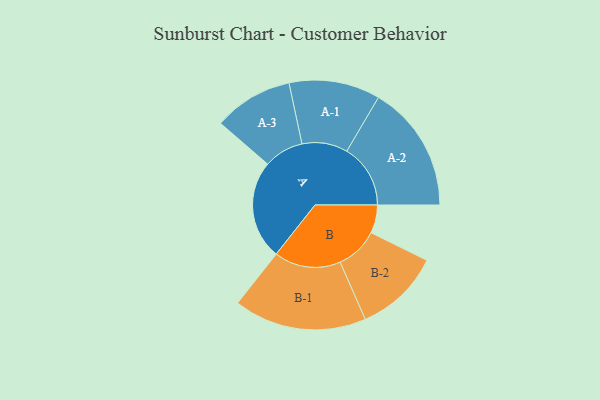
{"axis": {"x": "Segment", "y": "Value"}, "legend": ["", "A", "B"], "data": [{"x": "A", "y": 426, "type": ""}, {"x": "B", "y": 121, "type": ""}, {"x": "A-1", "y": 196, "type": "A"}, {"x": "A-2", "y": 274, "type": "A"}, {"x": "A-3", "y": 171, "type": "A"}, {"x": "B-1", "y": 286, "type": "B"}, {"x": "B-2", "y": 184, "type": "B"}]}